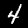
Label: 4